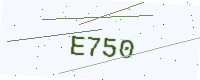
Text: E750